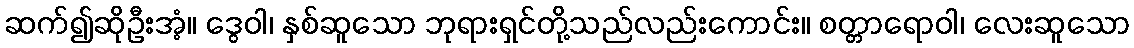
ဆက်၍ဆိုဦးအံ့။ ဒွေဝါ၊ နှစ်ဆူသော ဘုရားရှင်တို့သည်လည်းကောင်း။ စတ္တာရောဝါ၊ လေးဆူသော